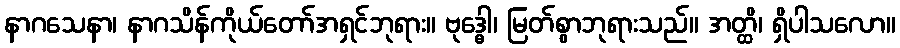
နာဂသေနာ၊ နာဂသိန်ကိုယ်တော်အရှင်ဘုရား။ ဗုဒ္ဓေါ၊ မြတ်စွာဘုရားသည်။ အတ္ထိ၊ ရှိပါသလော။